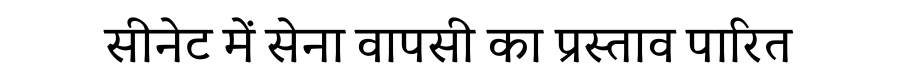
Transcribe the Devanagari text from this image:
सीनेट में सेना वापसी का प्रस्ताव पारित